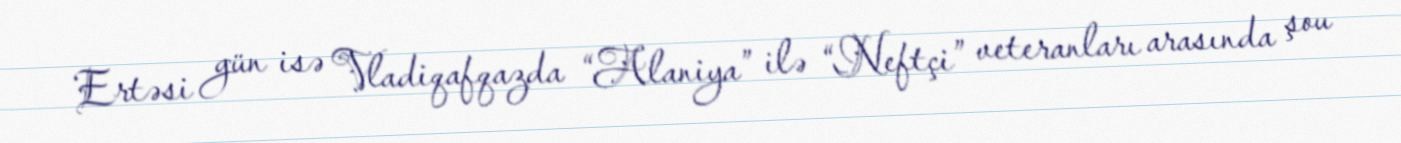
Ertəsi gün isə Vladiqafqazda “Alaniya” ilə “Neftçi” veteranları arasında şou